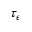
\tau _ { \epsilon }